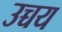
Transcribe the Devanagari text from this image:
उच्चय